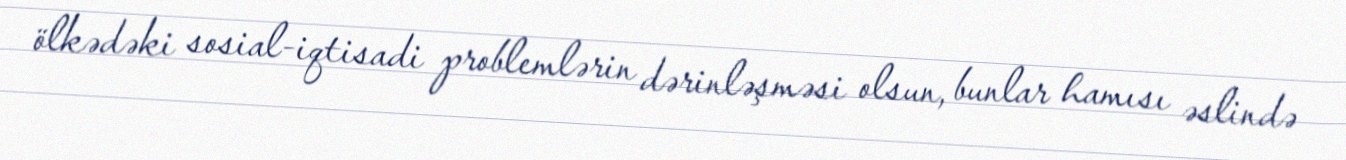
ölkədəki sosial-iqtisadi problemlərin dərinləşməsi olsun, bunlar hamısı əslində